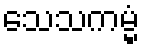
သေသကမ္မံ